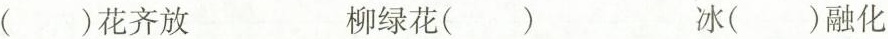
()花齐放 柳绿花() 冰()融化